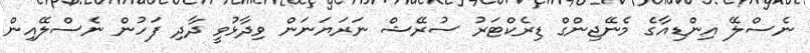
ނެސްލޭ އިންޑިއާގެ މެނޭޖިންގް ޑިރެކްޓަރު ސުރޭޝް ނަރަޔަނަން ވިދާޅުވީ ދާދި ފަހުން ނެސްލޭއިން